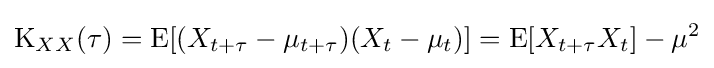
\operatorname {K} _{XX}(\tau )=\operatorname {E} [(X_{t+\tau }-\mu _{t+\tau })(X_{t}-\mu _{t})]=\operatorname {E} [X_{t+\tau }X_{t}]-\mu ^{2}